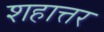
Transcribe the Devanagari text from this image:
शहात्तर